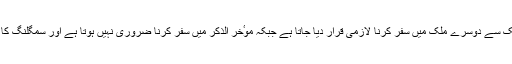
اس کے علاوہ اولذکر میں کسی شخص کا ایک ملک سے دوسرے ملک میں سفر کرنا لازمی قرار دیا جاتا ہے جبکہ موٴخر الذکر میں سفر کرنا ضروری نہیں ہوتا ہے اور سمگلنگ کا شکار شخص سمگلر کے رحم و کرم پر ہوتا ہے۔